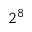
2 ^ { 8 }